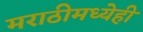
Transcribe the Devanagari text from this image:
मराठीमध्येही